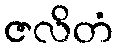
ဇလိတံ